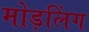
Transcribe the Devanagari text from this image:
मोड़लिंग